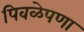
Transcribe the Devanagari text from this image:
पिवळेपणा